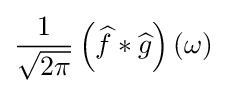
{\frac {1}{\sqrt {2\pi }}}\left({\widehat {f}}*{\widehat {g}}\right)(\omega )